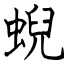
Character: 蜺